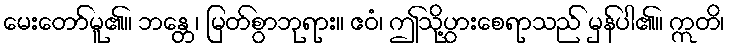
မေးတော်မူ၏။ ဘန္တေ၊ မြတ်စွာဘုရား။ ဧဝံ၊ ဤသို့ပွားစေရာသည် မှန်ပါ၏။ ဣတိ၊